Lunatic asylums in Bengal annual reports 1912-1924 - 1912-1924
Year: 1912
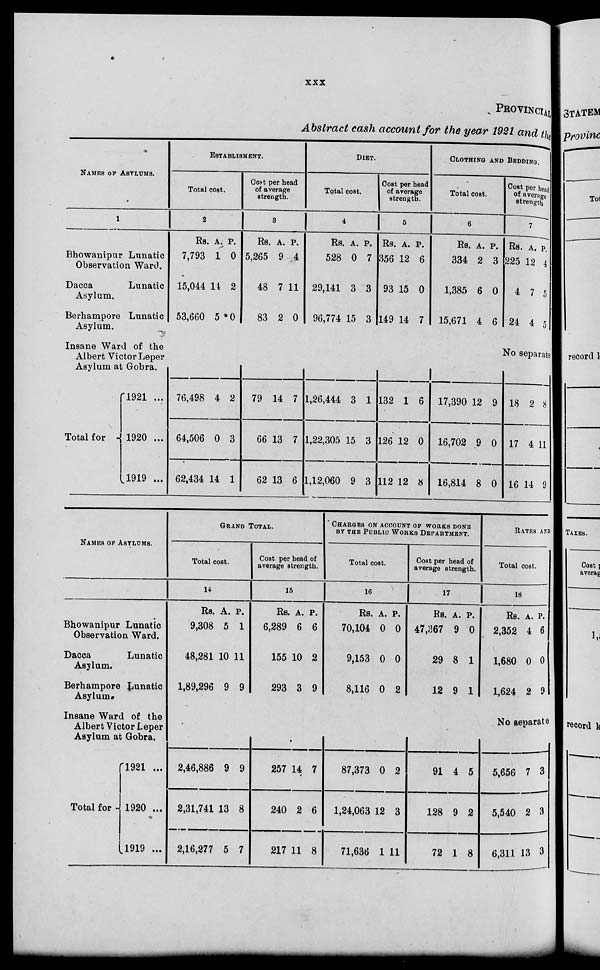
xxx
PROVINCIAL
Abstract cash account for the year 1921 and the
NAMES OF ASYLUMS.
1
Bhowanipur Lunatic
Observation Ward.
Dacca
Lunatic
Asylum.
Berhampore Lunatic
Asylum.
Insane Ward of the
Albert Victor Leper
Asylum at Gobra.
Total
for
1921 ...
1920 ...
1919 ...
ESTABLISHMENT.
Total cost.
2
Rs.
7,793
15,044
53,660
A.
1
14
5
P.
0
2
0
76,498
64,506
62,434
4
0
14
2
3
1
Cost per head
of average
strength.
3
Rs.
5,265
48
83
A.
9
7
2
P.
4
11
0
79
66
62
14
13
13
7
7
6
DIET.
Total cost.
4
Rs.
528
29,141
96,774
A.
0
3
15
P.
7
3
3
1,26,444
1,22,305
1,12,060
3
15
9
1
3
3
Cost per head
of average
strength.
5
Rs.
356
93
149
A.
12
15
14
P.
6
0
7
132
126
112
1
12
12
6
0
8
CLOTHING AND BEDDING.
Total cost.
6
Rs.
334
1,385
15,671
A.
2
6
4
P.
3
0
6
Cost per head
of average
strength.
7
Rs.
225
4
24
A.
12
7
4
P.
4
5
5
No separate
17,390
16,702
16,814
12
9
8
9
0
0
18
17
16
2
4
14
8
11
9
NAMES OF ASYLUMS.
Bhowanipur Lunatic
Observation Ward.
Dacca
Lunatic
Asylum.
Berhampore Lunatic
Asylum
Insane Ward of the
Albert Victor Leper
Asylum at Gobra.
Total for
1921 ...
1920 ...
1919 ...
GRAND TOTAL.
Total cost.
14
Rs.
9,308
48,281
1,89,296
A.
5
10
9
P.
1
11
9
2,46,886
2,31,741
2,16,277
9
13
5
9
8
7
Cost per head of
average strength.
15
Rs.
6,289
155
293
A.
6
10
3
P.
6
2
9
257
240
217
14
2
11
7
6
8
CHARGES ON ACCOUNT OF WORKS DONE
BY THE PUBLIC WORKS DEPARTMENT.
Total cost.
16
Rs.
70,104
9,153
8,116
A.
0
0
0
P.
0
0
2
87,373
1,24,063
71,636
0
12
1
2
3
11
Cost per head of
average strength.
17
Rs.
47,367
29
12
A.
9
8
9
P.
0
1
1
RATES AND
Total cost.
18
Rs.
2,352
1,680
1,624
A.
4
0
2
P.
6
0
9
No separate
91
128
72
4
9
1
5
2
8
5,656
5,540
6,311
7
2
13
3
3
3